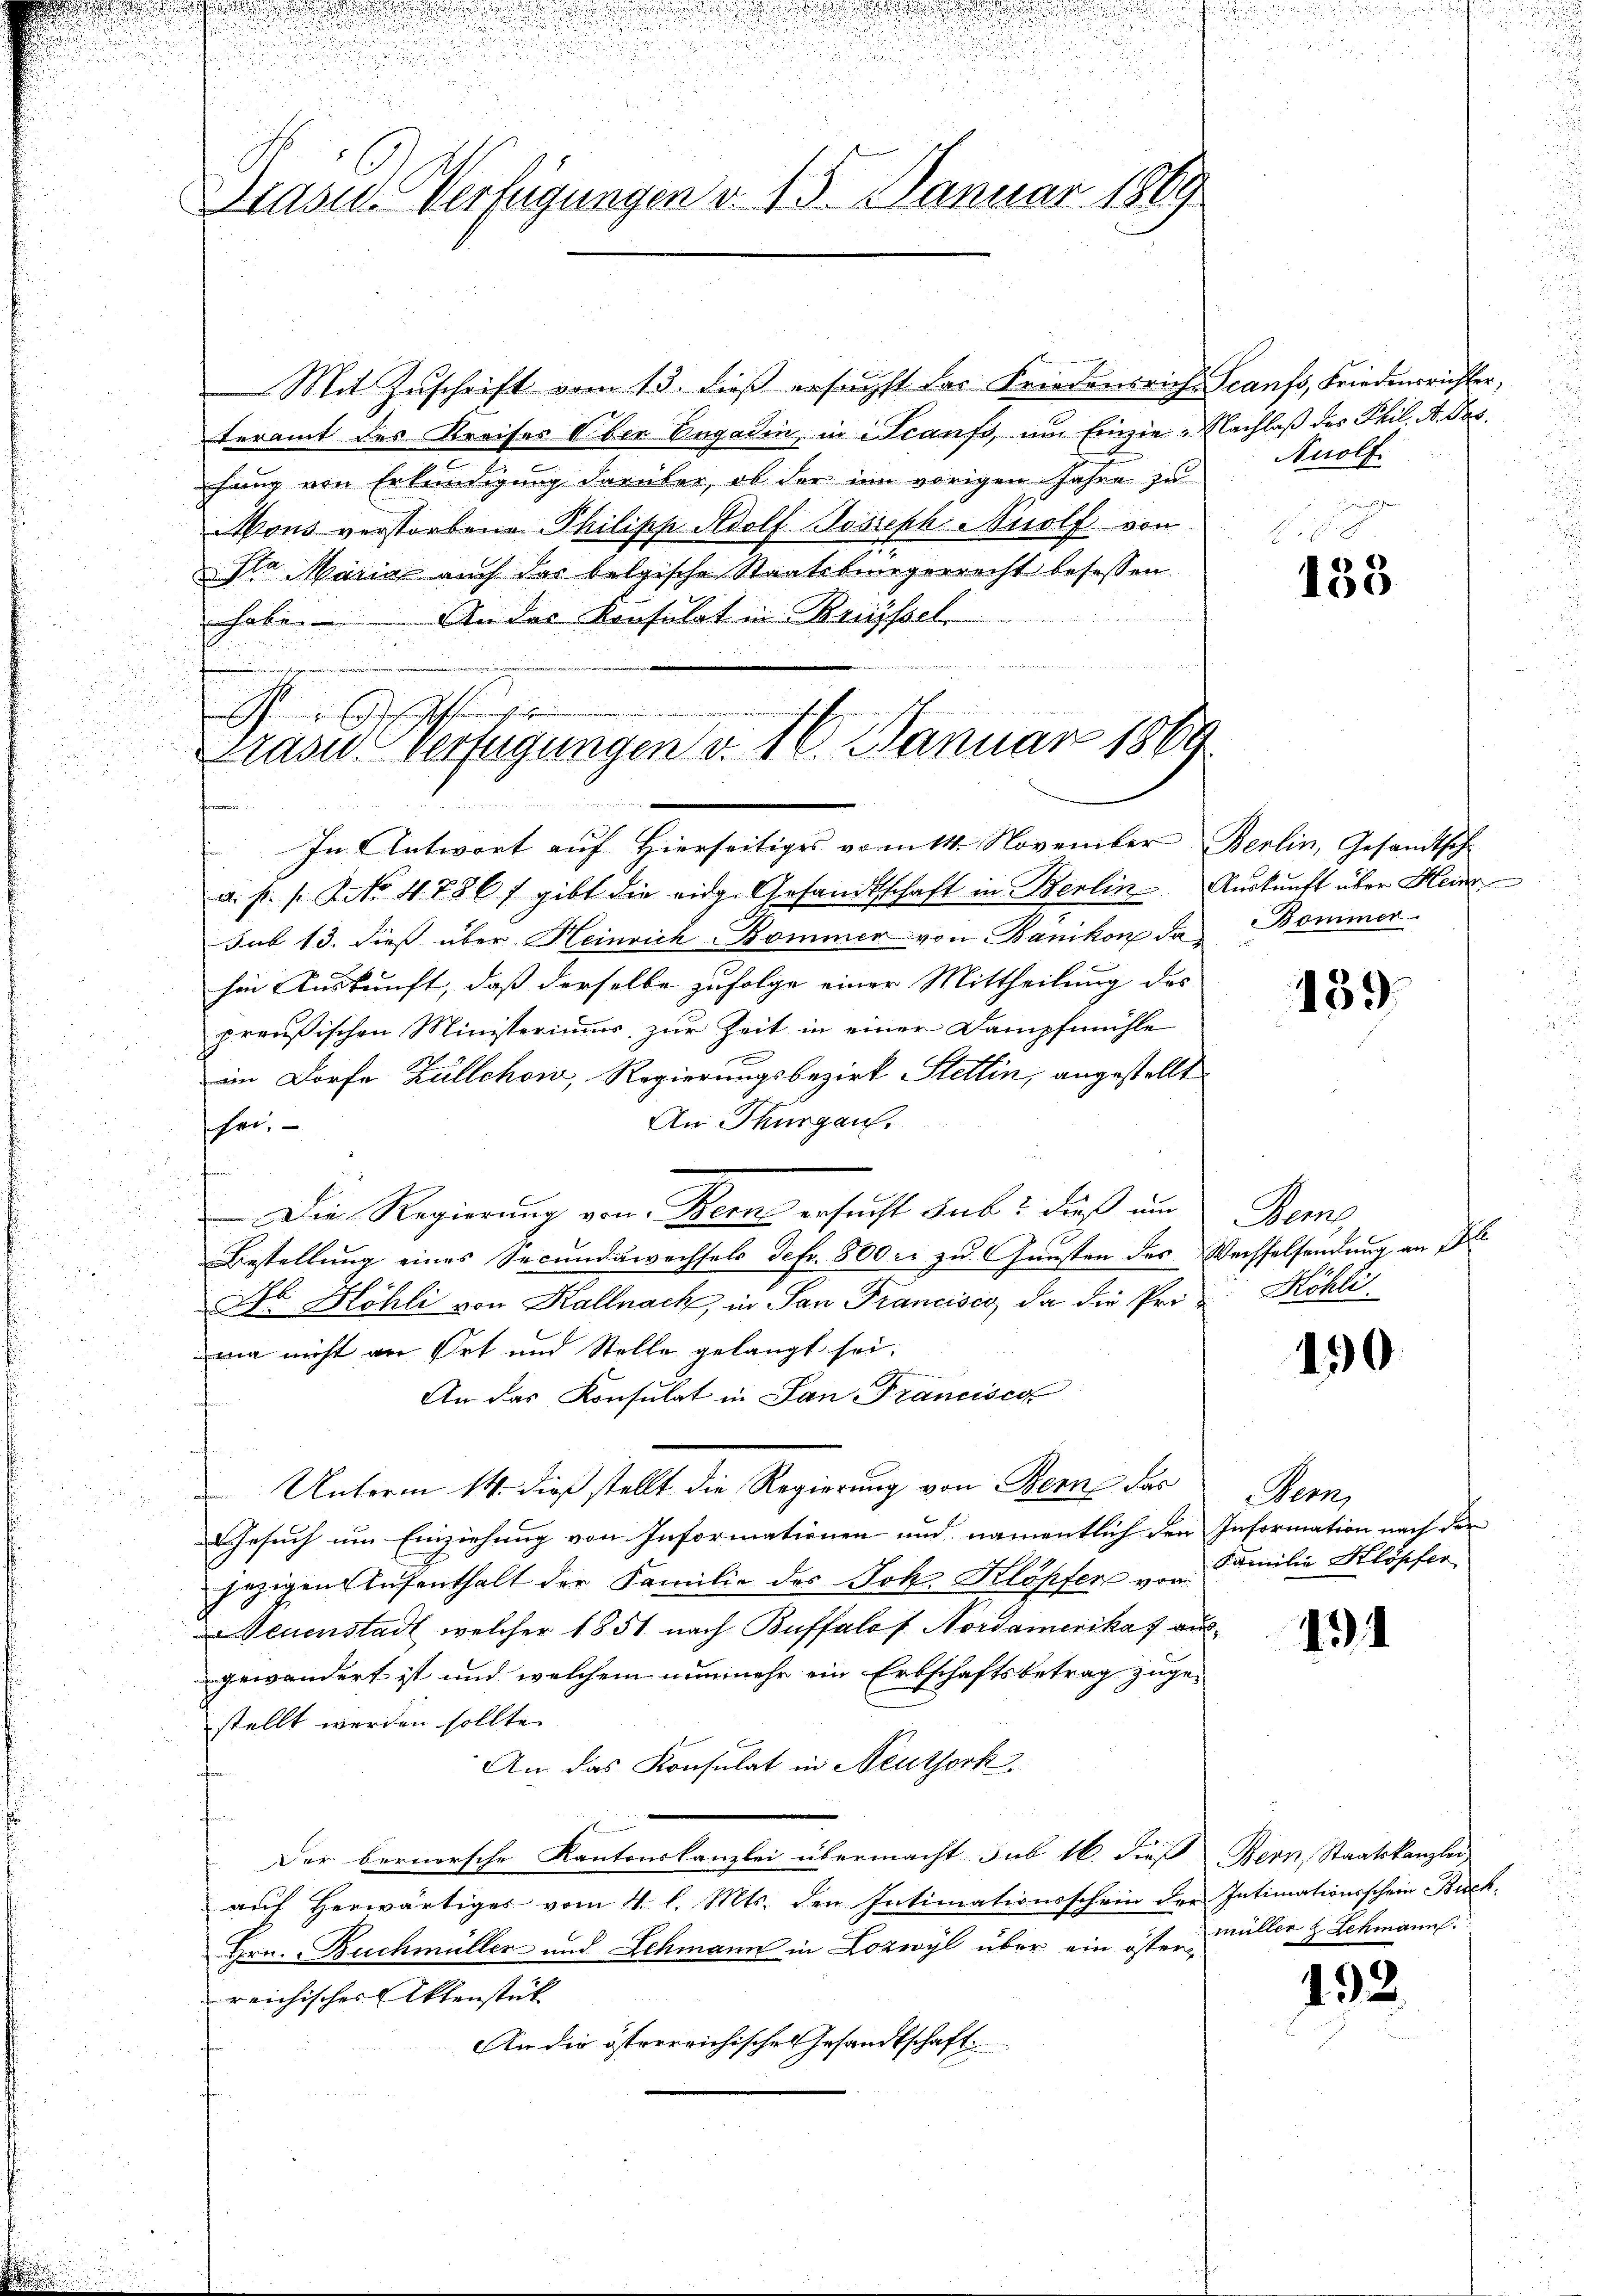
u
Brasid Verfügungen v. 15. Januar 1869

Mit Zuschrift vom 13. dieß ersuchst das Friedensrich Scanfs, Friedensrichter,
teramt des Kreises Ober Engadin, in Scaufs, um Einzie-Nachlaß des Phil. A. Dasfang von Erkundigung darüber, ob der im vorigen Jahre zu
Mons verstorbene Philipp Adolf Joseph Solf von
Ila Maria auch das belgische Staatsbürgerrecht besassen.
n
habe. An das Konsulat in Kreissel

effe
Präsid.-Verfügungen v. 16. Januar 1869
d

In Antwort auf Hierseitiges vom 14. November Berlin, Gesandtsch
a. p. 1. No. 47867 gibt die eidg. Gesandtschaft in Berlin Auskunft über Hein

sub 13. dieß über Heinrich Bommer von Bänikon da Bommer-
hen Auskunft, daß derselbe zufolge einer Mittheilung des
preußischen Ministeriumm, zur Zeit in einer Dampfmühle
im Dorfe Züllchow, Regierungsbezirk Stettin, angestellt
An Thurgau.
shre,
Die Regierung von Wenn ersucht habe dieß um Berns
Bestellung eines Secunduwechsels Defr. 800 r. zu Gunsten des Wechselsendung an Pl
Dr Höhli von Kalnack, in San Francisco, da die Pri-Köhli
ma nicht an Ort und Stelle gelangt sei.
F
.
An das Konsulat in San Francisca
Unterm 14. dieß stellt die Regierung von Bern das Bern,
Gesuch um Einziehung von Informationen und namentlich den Information nach der
jezigen Aufenthalt der Familie des Joh. Klöpfer von
Neuenstadt, welcher 1851 nach Buffalo f. Nordamerikaf ausgewändert ist und welchem nunmehr ein Erbschaftsbetrag zuge-
stellt werden sollte.
An das Konsulat in Neuthork
t
Der bernersche Kantonskanzlei übermacht sub 16. dieß Bern, Staatskanzlei
auf Herwärtiges vom 11. l. Mts. den Intimationsschein der Intimationsschein Buck¬
Hrn. Buchmüller und Schmann in Lozwyl über ein öste, müller & Schmann
reichischer Aktenstück
An die österreichisches Gesandtschaft

Anolf.

135

139.

490

Familie Klöpfer

491

192.